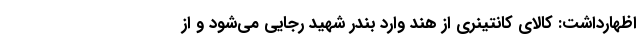
اظهارداشت: کالای کانتینری از هند وارد بندر شهید رجایی می‌شود و از